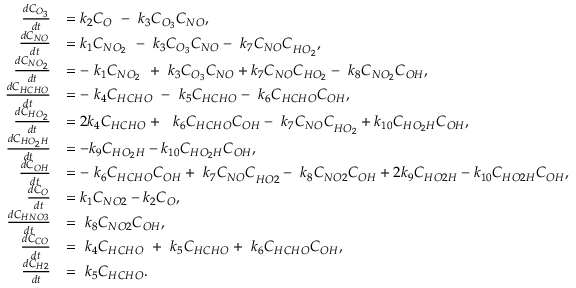
\begin{array} { r l } { \frac { d C _ { O _ { 3 } } } { d t } } & { = k _ { 2 } C _ { O } \ - { \ k } _ { 3 } C _ { O _ { 3 } } C _ { N O } , } \\ { \frac { d C _ { N O } } { d t } } & { = k _ { 1 } C _ { N O _ { 2 } } \ - { \ k } _ { 3 } C _ { O _ { 3 } } C _ { N O } - { \ k } _ { 7 } { C _ { N O } C } _ { H O _ { 2 } } , } \\ { \frac { d C _ { N O _ { 2 } } } { d t } } & { = { - \ k } _ { 1 } C _ { N O _ { 2 } } \ + { \ k } _ { 3 } C _ { O _ { 3 } } C _ { N O } + k _ { 7 } C _ { N O } C _ { H O _ { 2 } } - { \ k } _ { 8 } C _ { N O _ { 2 } } C _ { O H } , } \\ { \frac { d C _ { H C H O } } { d t } } & { = { - \ k } _ { 4 } C _ { H C H O } \ - { \ k } _ { 5 } C _ { H C H O } - { \ k } _ { 6 } C _ { H C H O } C _ { O H } , } \\ { \frac { d C _ { H O _ { 2 } } } { d t } } & { = { 2 k } _ { 4 } C _ { H C H O } + \ { \ k } _ { 6 } C _ { H C H O } C _ { O H } - { \ k } _ { 7 } { C _ { N O } C } _ { H O _ { 2 } } + k _ { 1 0 } C _ { H O _ { 2 } H } C _ { O H } , } \\ { \frac { d C _ { H O _ { 2 } H } } { d t } } & { = - k _ { 9 } C _ { H O _ { 2 } H } - k _ { 1 0 } C _ { H O _ { 2 } H } C _ { O H } , } \\ { \frac { d C _ { O H } } { d t } } & { = - { \ k } _ { 6 } C _ { H C H O } C _ { O H } + { \ k } _ { 7 } { C _ { N O } C } _ { H O 2 } - { \ k } _ { 8 } C _ { N O 2 } C _ { O H } + { 2 k } _ { 9 } C _ { H O 2 H } - k _ { 1 0 } C _ { H O 2 H } C _ { O H } , } \\ { \frac { d C _ { O } } { d t } } & { = k _ { 1 } C _ { N O 2 } - k _ { 2 } C _ { O } , } \\ { \frac { d C _ { H N O 3 } } { d t } } & { = { \ k } _ { 8 } C _ { N O 2 } C _ { O H } , } \\ { \frac { d C _ { C O } } { d t } } & { = { \ k } _ { 4 } C _ { H C H O } \ + { \ k } _ { 5 } C _ { H C H O } + { \ k } _ { 6 } C _ { H C H O } C _ { O H } , } \\ { \frac { d C _ { H 2 } } { d t } } & { = { \ k } _ { 5 } C _ { H C H O } . } \end{array}